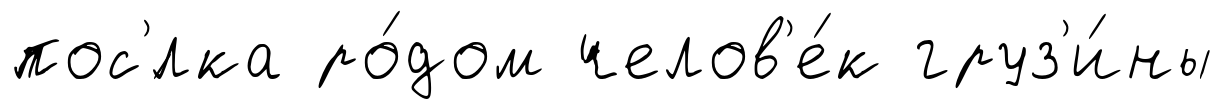
пос'́лка ро́дом челов'е́к груз'и́ны